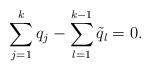
LaTeX: \begin{align*}\sum_{j=1}^{k}q_{j}-\sum_{l=1}^{k-1}\tilde{q}_{l}=0.\end{align*}